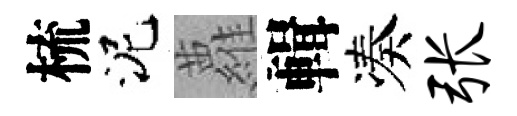
梳泥蘿輯凑张